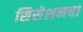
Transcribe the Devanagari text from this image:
सिसेशनचा